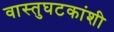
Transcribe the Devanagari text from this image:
वास्तुघटकांशी